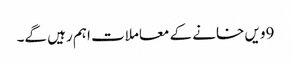
9ویں خانے کے معاملات اہم رہیں گے۔